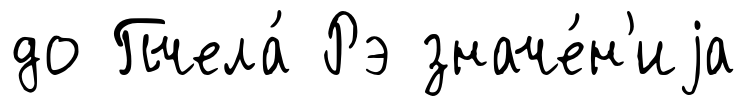
до Пчела́ Рэ значе́н'иjа